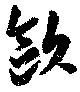
歐